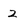
Character: 2